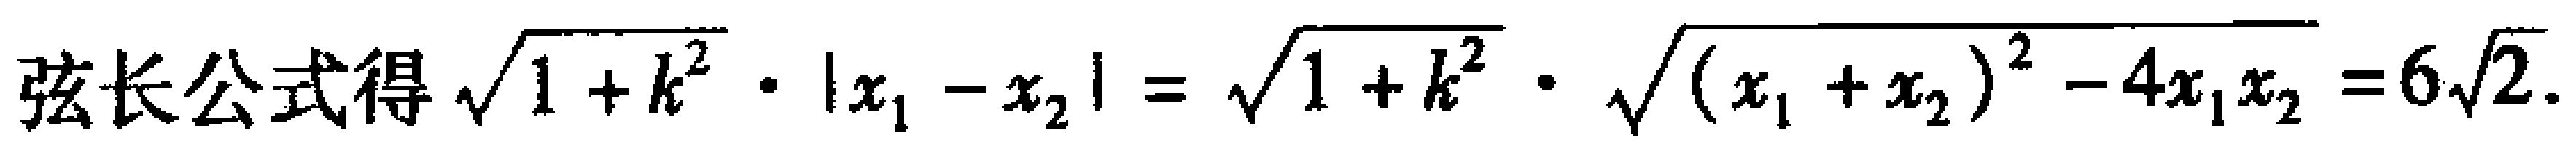
弦长公式得$\sqrt{1 + k^{2}} \cdot |x_{1} - x_{2}| = \sqrt{1 + k^{2}} \cdot \sqrt{(x_{1} + x_{2})^{2} - 4x_{1}x_{2}} = 6\sqrt{2}.$